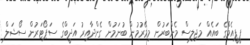
ޕީޕީއެމްގެ ބައެއް މަޖިލިސް މެންބަރުން މިމޭރުމުން ބުނަމުން ގެންދާއިރު އަދީބްގެ ސަޕޯޓަރުން ސޯޝަލް